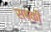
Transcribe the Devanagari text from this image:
सब्की